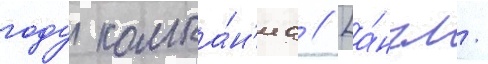
году компа́н'иа // [а́нгл.